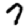
Digit: 7